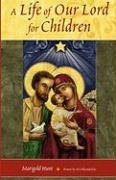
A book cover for Life of Our Lord for Children, A; Marigold Hunt; Children's Books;